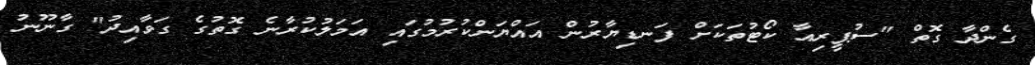
ގެންދާ ގޮތް "ސުޕީރިއާ ކޯޓުތަކަށް ފަނޑިޔާރުން އައްޔަންކުރުމުގައި އަމަލުކުރާނެ ގޮތުގެ ގަވާއިދު" ގާނޫނު